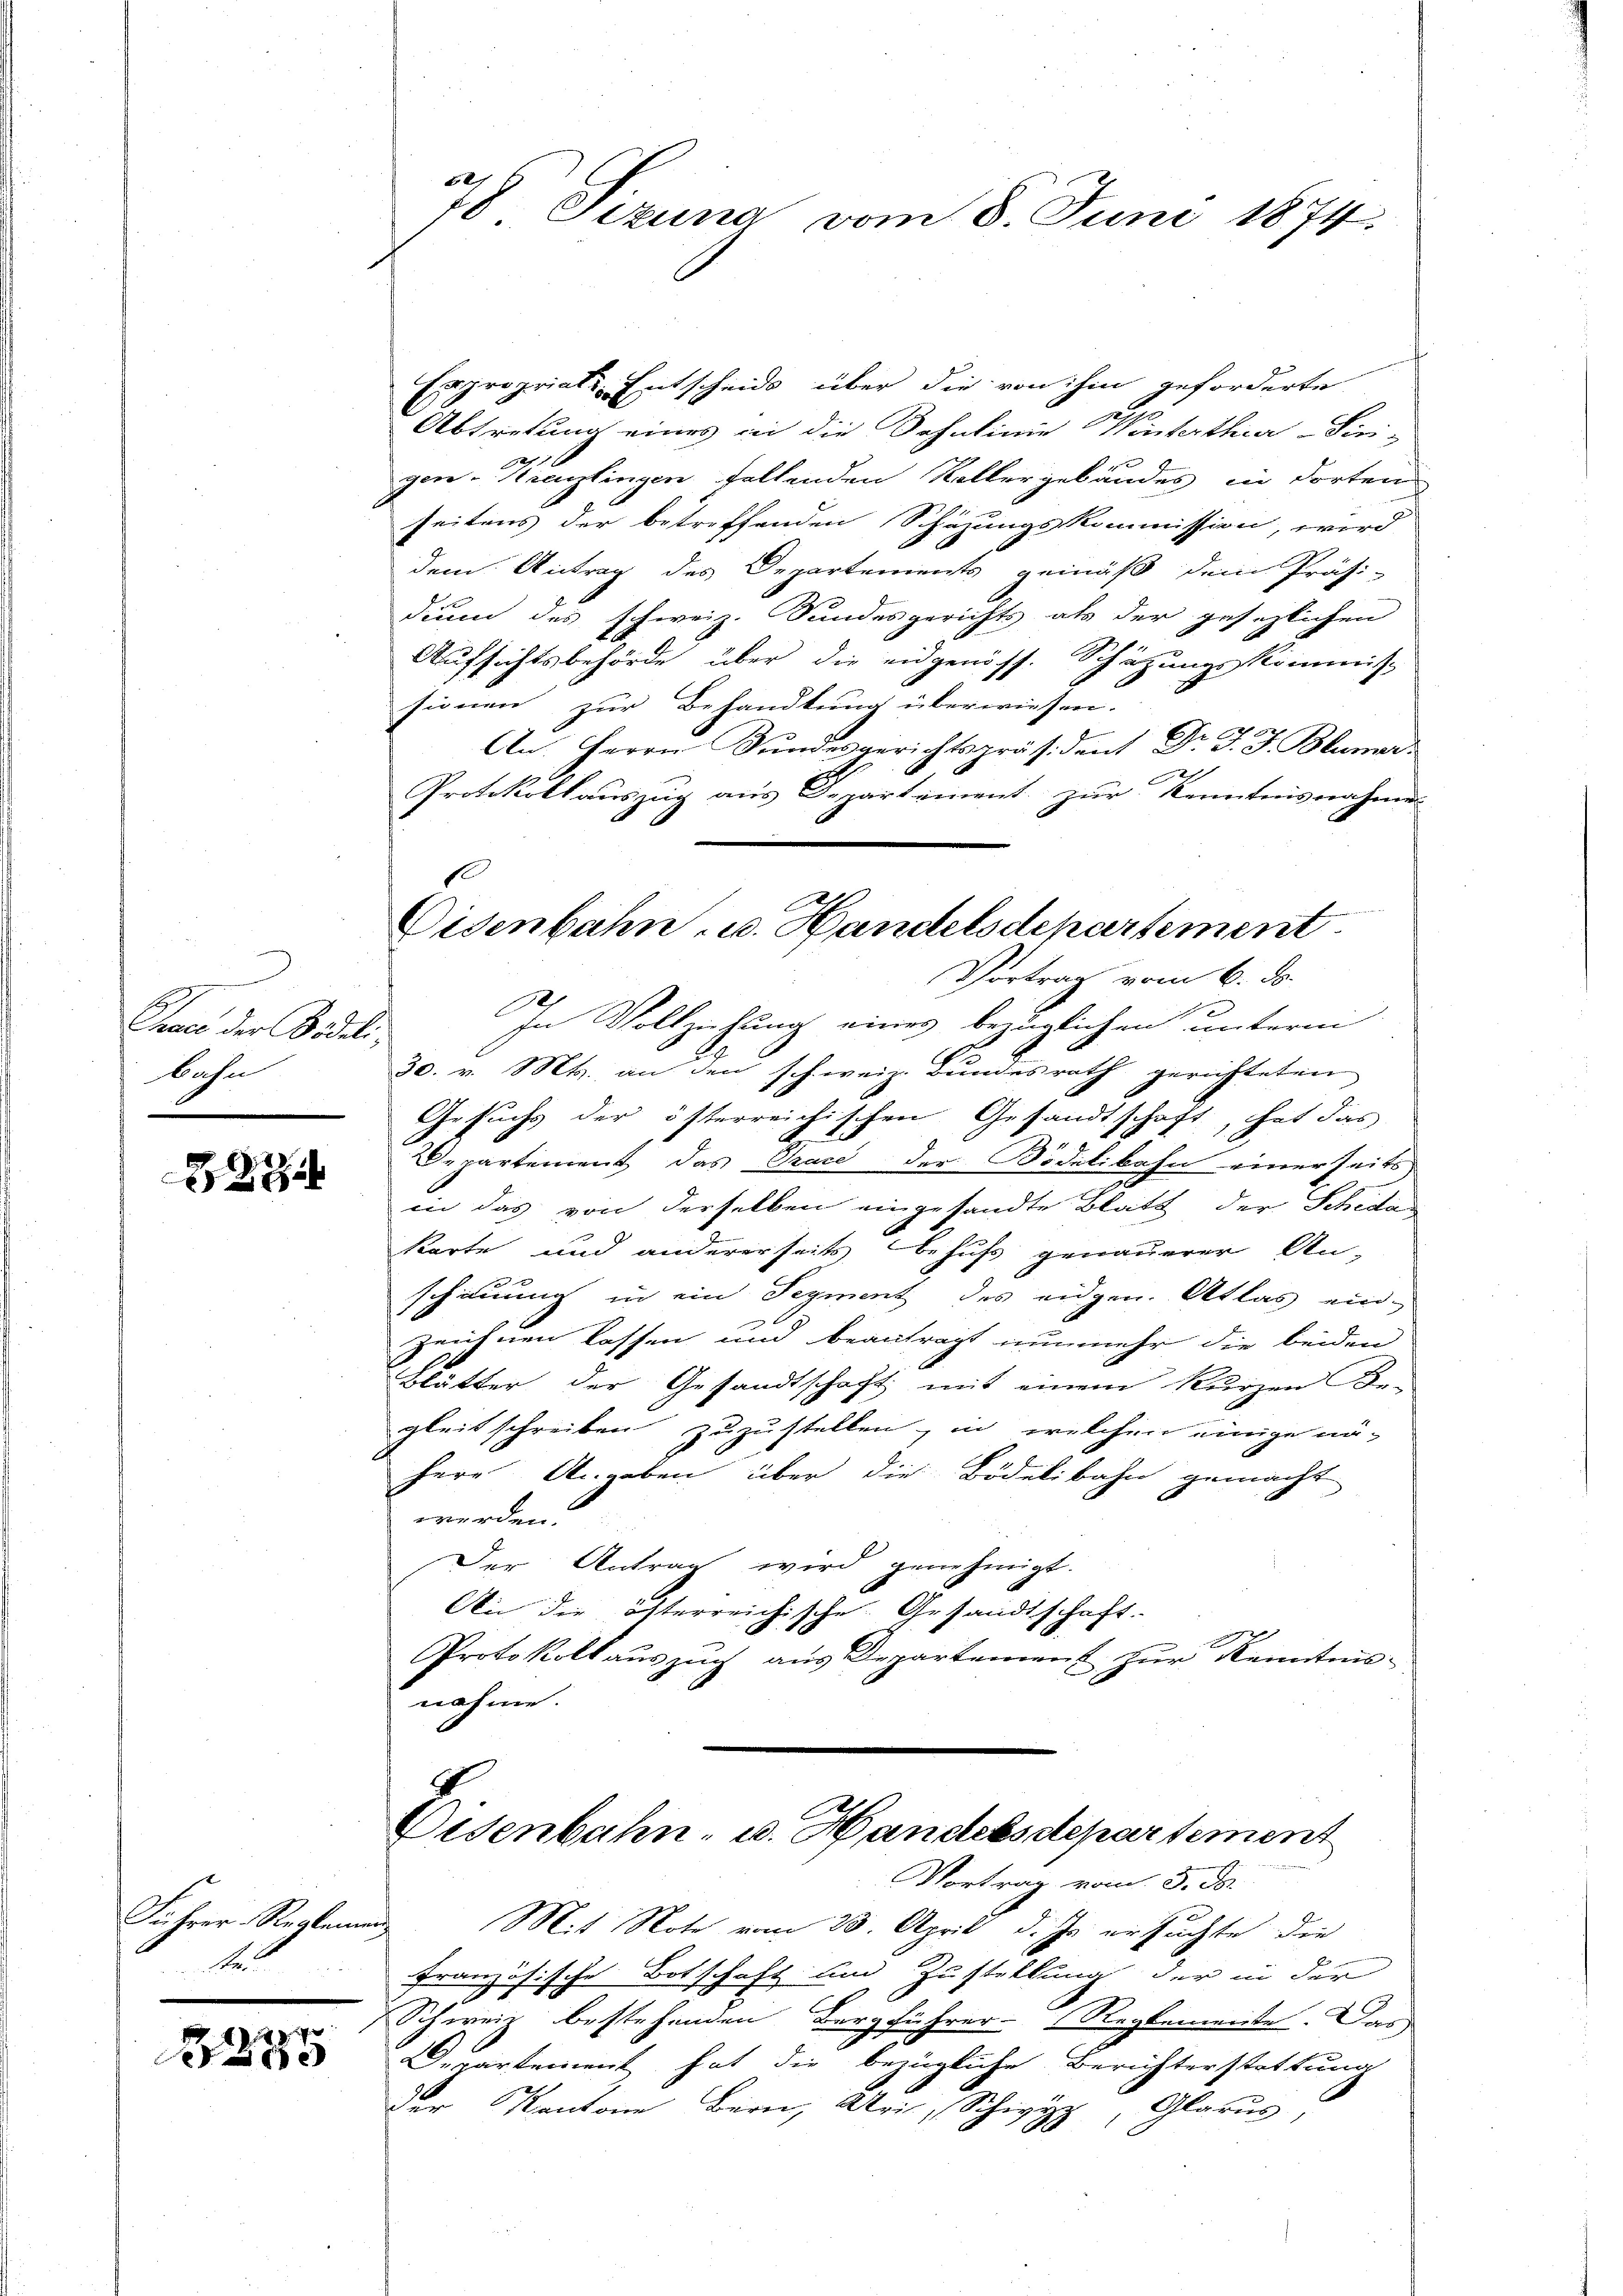
Chace der Bideli,
bahn

2

Führer-Reglemen

d. 28. 70
e

x
78 Fezung vom 8. Juni 1874.

Expropriati Entscheids über die von ihm geforderte
Abtretung eines in die Sohnlinie Winterthur–Sirix
gen-Krantingen fallenden Kollergebäudes in dorten
seitens der betreffenden Schazungskommission, wird
dem Antrag des Departements gemäß dem Präsi-
din des schweiz. Sundesgerichts als der gesezlichen
Aufsichtsbehörde über die eidgenöss. Schätzungskommis-
sionen zur Behandlung überwiesen.
An Herrn Bŭndesgerichtspräsident Dr. J. J. Blumer
Protokollauszug aus Departement zur Kenntnisnahme
x
In Vollziehung eines bezüglichen unterm
30. v. Mts. an den schweiz. Bundesrath gerichteten
Gesuchs der österreichischen Gesandtschaft, hat das
Departement das Trace der Bidelibahn einerseits
in das von derselben eingesandte Blatt der Schidakarte und andererseits behufs genauerer An-
schinung in ein Segment des eidgen. Atlas ein-
zeichnen lassen und beantragt nunmehr die beiden
Blätter der Gesandtschaft mit einem kurzen Be-
gleitschreiben zuzustellen, in welchen einige nähere Angeben über die Bödelibahn gemacht
werden.
Der Antrag wird genehmigt.
An die österreichische Gesandtschaft.
Protokoll auszug aus Departement zur Kenntnis-
nahme.
Disenbahn- u. Handelsdepartement
Vortrag vom 5. ds.
Mit Note vom 23. April d. Js. ersuchte die
französische Botschaft und Zustellung der in der
Schweil bestehenden Bergführer Reglemente. Dar
.
Departement hat die bezügliche Berichterstattung
der Kantone Bern, Uri, Schwyz, Glarus,

Eisenbahn u. Handelsdepartement
Vortrag vom 6. ds.